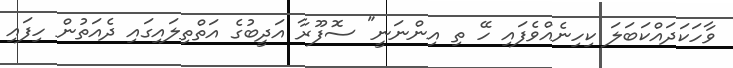
ވާހަކަދައްކަބަލަ ކިހިނެއްވެފައި ހޭ ތި އިންނަނީ" ސޮފޫރާ އަދީބުގެ އަތްތިލައިގައި ދެއަތުން ހިފައި